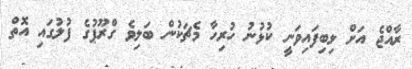
ރާއްޖެ އަށް ލިބިފައިވަނީ ކުޅުނު ހުރިހާ މެޗަކުން ބަލިވެ ގްރޫޕުގެ ފުލުގައި އޮތް